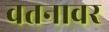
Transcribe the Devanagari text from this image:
वतनावर